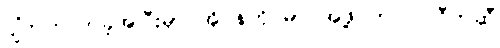
ပျံတက်လာခဲ့အပြီးမှာ အိုပဲန်ဟိုင်မာ အဖို့ ဘဂဝါ ဂီတဆီ